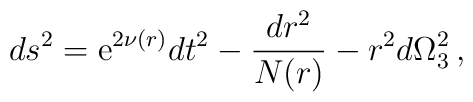
ds^2={\rm e}^{2\nu(r)}dt^2- \frac{dr^2}{N(r)}-r^2 d\Omega_3^2\, ,